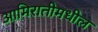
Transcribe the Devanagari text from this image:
आमिरातीमधील